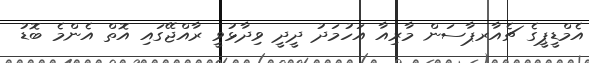
އެމްޑީޕީގެ ޗެއާރޕާސަން މާރިއާ އަހުމަދު ދީދީ ވިދާޅުވީ ރާއްޖޭގައި އޮތް އެންމެ ބޮޑު